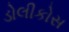
ડોલીકોસ